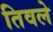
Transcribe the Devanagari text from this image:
तिवले